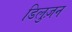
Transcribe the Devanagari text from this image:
डिलुज़न